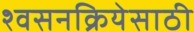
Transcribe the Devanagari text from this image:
श्वसनक्रियेसाठी